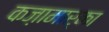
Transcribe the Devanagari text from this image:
कज़ामार्का